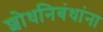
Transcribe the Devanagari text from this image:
शोधनिबंधांना